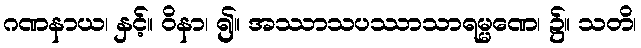
ဂဏနာယ၊ နှင့်။ ဝိနာ၊ ၍။ အဿာသပဿာသာရမ္မဏေ၊ ၌။ သတိ၊